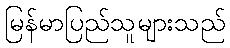
မြန်မာပြည်သူများသည်